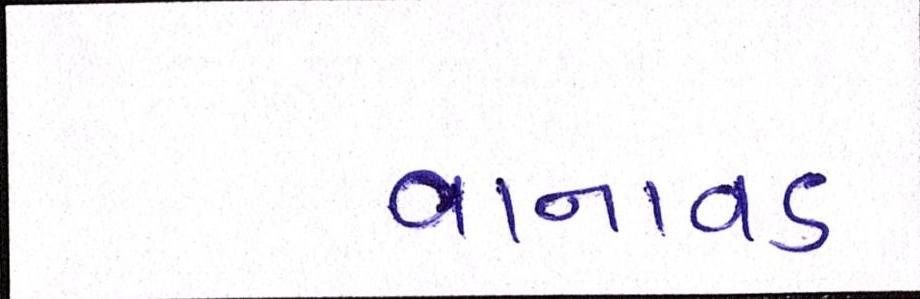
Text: વાનાવડ